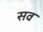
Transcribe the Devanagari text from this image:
सव॔